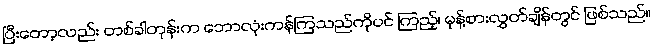
ပြီးတော့လည်း တစ်ခါတုန်းက ဘောလုံးကန်ကြသည်ကိုပင် ကြည့်၊ မုန့်စားလွှတ်ချိန်တွင် ဖြစ်သည်။